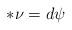
LaTeX: \begin{align*}*\nu=d\psi\end{align*}